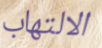
الالتهاب